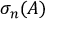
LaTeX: \sigma _ { n } ( A )